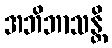
အဘိဘာသန္တိ